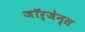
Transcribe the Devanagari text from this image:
जॉर्जेन्स